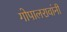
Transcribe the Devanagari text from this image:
गोपालरावांनी